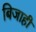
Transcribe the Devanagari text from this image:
बिजाही